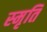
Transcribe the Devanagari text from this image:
स्‍मृति